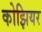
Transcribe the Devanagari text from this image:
कोझियर